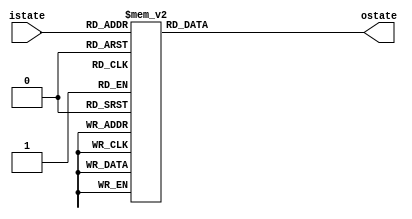
module S_Box(
    input [7:0] istate,
    output reg [7:0] ostate
);

//reg [7:0] ostate;

/*
   0  1  2  3  4  5  6  7  8  9  a  b  c  d  e  f
0 63 7c 77 7b f2 6b 6f c5 30 01 67 2b fe d7 ab 76
1 ca 82 c9 7d fa 59 47 f0 ad d4 a2 af 9c a4 72 c0
2 b7 fd 93 26 36 3f f7 cc 34 a5 e5 f1 71 d8 31 15
3 04 c7 23 c3 18 96 05 9a 07 12 80 e2 eb 27 b2 75
4 09 83 2c 1a 1b 6e 5a a0 52 3b d6 b3 29 e3 2f 84
5 53 d1 00 ed 20 fc b1 5b 6a cb be 39 4a 4c 58 cf
6 d0 ef aa fb 43 4d 33 85 45 f9 02 7f 50 3c 9f a8
7 51 a3 40 8f 92 9d 38 f5 bc b6 da 21 10 ff f3 d2
8 cd 0c 13 ec 5f 97 44 17 c4 a7 7e 3d 64 5d 19 73
9 60 81 4f dc 22 2a 90 88 46 ee b8 14 de 5e 0b db
a e0 32 3a 0a 49 06 24 5c c2 d3 ac 62 91 95 e4 79
b e7 c8 37 6d 8d d5 4e a9 6c 56 f4 ea 65 7a ae 08
c ba 78 25 2e 1c a6 b4 c6 e8 dd 74 1f 4b bd 8b 8a
d 70 3e b5 66 48 03 f6 0e 61 35 57 b9 86 c1 1d 9e
e e1 f8 98 11 69 d9 8e 94 9b 1e 87 e9 ce 55 28 df
f 8c a1 89 0d bf e6 42 68 41 99 2d 0f b0 54 bb 16
*/

always @(*)begin
    case (istate) 
        8'h00: ostate=8'h63;
        8'h01: ostate=8'h7c;
        8'h02: ostate=8'h77;
        8'h03: ostate=8'h7b;
        8'h04: ostate=8'hf2;
        8'h05: ostate=8'h6b;
        8'h06: ostate=8'h6f;
        8'h07: ostate=8'hc5;
        8'h08: ostate=8'h30;
        8'h09: ostate=8'h01;
        8'h0a: ostate=8'h67;
        8'h0b: ostate=8'h2b;
        8'h0c: ostate=8'hfe;
        8'h0d: ostate=8'hd7;
        8'h0e: ostate=8'hab;
        8'h0f: ostate=8'h76;
        8'h10: ostate=8'hca;
        8'h11: ostate=8'h82;
        8'h12: ostate=8'hc9;
        8'h13: ostate=8'h7d;
        8'h14: ostate=8'hfa;
        8'h15: ostate=8'h59;
        8'h16: ostate=8'h47;
        8'h17: ostate=8'hf0;
        8'h18: ostate=8'had;
        8'h19: ostate=8'hd4;
        8'h1a: ostate=8'ha2;
        8'h1b: ostate=8'haf;
        8'h1c: ostate=8'h9c;
        8'h1d: ostate=8'ha4;
        8'h1e: ostate=8'h72;
        8'h1f: ostate=8'hc0;
        8'h20: ostate=8'hb7;
        8'h21: ostate=8'hfd;
        8'h22: ostate=8'h93;
        8'h23: ostate=8'h26;
        8'h24: ostate=8'h36;
        8'h25: ostate=8'h3f;
        8'h26: ostate=8'hf7;
        8'h27: ostate=8'hcc;
        8'h28: ostate=8'h34;
        8'h29: ostate=8'ha5;
        8'h2a: ostate=8'he5;
        8'h2b: ostate=8'hf1;
        8'h2c: ostate=8'h71;
        8'h2d: ostate=8'hd8;
        8'h2e: ostate=8'h31;
        8'h2f: ostate=8'h15;
        8'h30: ostate=8'h04;
        8'h31: ostate=8'hc7;
        8'h32: ostate=8'h23;
        8'h33: ostate=8'hc3;
        8'h34: ostate=8'h18;
        8'h35: ostate=8'h96;
        8'h36: ostate=8'h05;
        8'h37: ostate=8'h9a;
        8'h38: ostate=8'h07;
        8'h39: ostate=8'h12;
        8'h3a: ostate=8'h80;
        8'h3b: ostate=8'he2;
        8'h3c: ostate=8'heb;
        8'h3d: ostate=8'h27;
        8'h3e: ostate=8'hb2;
        8'h3f: ostate=8'h75;
        8'h40: ostate=8'h09;
        8'h41: ostate=8'h83;
        8'h42: ostate=8'h2c;
        8'h43: ostate=8'h1a;
        8'h44: ostate=8'h1b;
        8'h45: ostate=8'h6e;
        8'h46: ostate=8'h5a;
        8'h47: ostate=8'ha0;
        8'h48: ostate=8'h52;
        8'h49: ostate=8'h3b;
        8'h4a: ostate=8'hd6;
        8'h4b: ostate=8'hb3;
        8'h4c: ostate=8'h29;
        8'h4d: ostate=8'he3;
        8'h4e: ostate=8'h2f;
        8'h4f: ostate=8'h84;
        8'h50: ostate=8'h53;
        8'h51: ostate=8'hd1;
        8'h52: ostate=8'h00;
        8'h53: ostate=8'hed;
        8'h54: ostate=8'h20;
        8'h55: ostate=8'hfc;
        8'h56: ostate=8'hb1;
        8'h57: ostate=8'h5b;
        8'h58: ostate=8'h6a;
        8'h59: ostate=8'hcb;
        8'h5a: ostate=8'hbe;
        8'h5b: ostate=8'h39;
        8'h5c: ostate=8'h4a;
        8'h5d: ostate=8'h4c;
        8'h5e: ostate=8'h58;
        8'h5f: ostate=8'hcf;
        8'h60: ostate=8'hd0;
        8'h61: ostate=8'hef;
        8'h62: ostate=8'haa;
        8'h63: ostate=8'hfb;
        8'h64: ostate=8'h43;
        8'h65: ostate=8'h4d;
        8'h66: ostate=8'h33;
        8'h67: ostate=8'h85;
        8'h68: ostate=8'h45;
        8'h69: ostate=8'hf9;
        8'h6a: ostate=8'h02;
        8'h6b: ostate=8'h7f;
        8'h6c: ostate=8'h50;
        8'h6d: ostate=8'h3c;
        8'h6e: ostate=8'h9f;
        8'h6f: ostate=8'ha8;
        8'h70: ostate=8'h51;
        8'h71: ostate=8'ha3;
        8'h72: ostate=8'h40;
        8'h73: ostate=8'h8f;
        8'h74: ostate=8'h92;
        8'h75: ostate=8'h9d;
        8'h76: ostate=8'h38;
        8'h77: ostate=8'hf5;
        8'h78: ostate=8'hbc;
        8'h79: ostate=8'hb6;
        8'h7a: ostate=8'hda;
        8'h7b: ostate=8'h21;
        8'h7c: ostate=8'h10;
        8'h7d: ostate=8'hff;
        8'h7e: ostate=8'hf3;
        8'h7f: ostate=8'hd2;
        8'h80: ostate=8'hcd;
        8'h81: ostate=8'h0c;
        8'h82: ostate=8'h13;
        8'h83: ostate=8'hec;
        8'h84: ostate=8'h5f;
        8'h85: ostate=8'h97;
        8'h86: ostate=8'h44;
        8'h87: ostate=8'h17;
        8'h88: ostate=8'hc4;
        8'h89: ostate=8'ha7;
        8'h8a: ostate=8'h7e;
        8'h8b: ostate=8'h3d;
        8'h8c: ostate=8'h64;
        8'h8d: ostate=8'h5d;
        8'h8e: ostate=8'h19;
        8'h8f: ostate=8'h73;
        8'h90: ostate=8'h60;
        8'h91: ostate=8'h81;
        8'h92: ostate=8'h4f;
        8'h93: ostate=8'hdc;
        8'h94: ostate=8'h22;
        8'h95: ostate=8'h2a;
        8'h96: ostate=8'h90;
        8'h97: ostate=8'h88;
        8'h98: ostate=8'h46;
        8'h99: ostate=8'hee;
        8'h9a: ostate=8'hb8;
        8'h9b: ostate=8'h14;
        8'h9c: ostate=8'hde;
        8'h9d: ostate=8'h5e;
        8'h9e: ostate=8'h0b;
        8'h9f: ostate=8'hdb;
        8'ha0: ostate=8'he0;
        8'ha1: ostate=8'h32;
        8'ha2: ostate=8'h3a;
        8'ha3: ostate=8'h0a;
        8'ha4: ostate=8'h49;
        8'ha5: ostate=8'h06;
        8'ha6: ostate=8'h24;
        8'ha7: ostate=8'h5c;
        8'ha8: ostate=8'hc2;
        8'ha9: ostate=8'hd3;
        8'haa: ostate=8'hac;
        8'hab: ostate=8'h62;
        8'hac: ostate=8'h91;
        8'had: ostate=8'h95;
        8'hae: ostate=8'he4;
        8'haf: ostate=8'h79;
        8'hb0: ostate=8'he7;
        8'hb1: ostate=8'hc8;
        8'hb2: ostate=8'h37;
        8'hb3: ostate=8'h6d;
        8'hb4: ostate=8'h8d;
        8'hb5: ostate=8'hd5;
        8'hb6: ostate=8'h4e;
        8'hb7: ostate=8'ha9;
        8'hb8: ostate=8'h6c;
        8'hb9: ostate=8'h56;
        8'hba: ostate=8'hf4;
        8'hbb: ostate=8'hea;
        8'hbc: ostate=8'h65;
        8'hbd: ostate=8'h7a;
        8'hbe: ostate=8'hae;
        8'hbf: ostate=8'h08;
        8'hc0: ostate=8'hba;
        8'hc1: ostate=8'h78;
        8'hc2: ostate=8'h25;
        8'hc3: ostate=8'h2e;
        8'hc4: ostate=8'h1c;
        8'hc5: ostate=8'ha6;
        8'hc6: ostate=8'hb4;
        8'hc7: ostate=8'hc6;
        8'hc8: ostate=8'he8;
        8'hc9: ostate=8'hdd;
        8'hca: ostate=8'h74;
        8'hcb: ostate=8'h1f;
        8'hcc: ostate=8'h4b;
        8'hcd: ostate=8'hbd;
        8'hce: ostate=8'h8b;
        8'hcf: ostate=8'h8a;
        8'hd0: ostate=8'h70;
        8'hd1: ostate=8'h3e;
        8'hd2: ostate=8'hb5;
        8'hd3: ostate=8'h66;
        8'hd4: ostate=8'h48;
        8'hd5: ostate=8'h03;
        8'hd6: ostate=8'hf6;
        8'hd7: ostate=8'h0e;
        8'hd8: ostate=8'h61;
        8'hd9: ostate=8'h35;
        8'hda: ostate=8'h57;
        8'hdb: ostate=8'hb9;
        8'hdc: ostate=8'h86;
        8'hdd: ostate=8'hc1;
        8'hde: ostate=8'h1d;
        8'hdf: ostate=8'h9e;
        8'he0: ostate=8'he1;
        8'he1: ostate=8'hf8;
        8'he2: ostate=8'h98;
        8'he3: ostate=8'h11;
        8'he4: ostate=8'h69;
        8'he5: ostate=8'hd9;
        8'he6: ostate=8'h8e;
        8'he7: ostate=8'h94;
        8'he8: ostate=8'h9b;
        8'he9: ostate=8'h1e;
        8'hea: ostate=8'h87;
        8'heb: ostate=8'he9;
        8'hec: ostate=8'hce;
        8'hed: ostate=8'h55;
        8'hee: ostate=8'h28;
        8'hef: ostate=8'hdf;
        8'hf0: ostate=8'h8c;
        8'hf1: ostate=8'ha1;
        8'hf2: ostate=8'h89;
        8'hf3: ostate=8'h0d;
        8'hf4: ostate=8'hbf;
        8'hf5: ostate=8'he6;
        8'hf6: ostate=8'h42;
        8'hf7: ostate=8'h68;
        8'hf8: ostate=8'h41;
        8'hf9: ostate=8'h99;
        8'hfa: ostate=8'h2d;
        8'hfb: ostate=8'h0f;
        8'hfc: ostate=8'hb0;
        8'hfd: ostate=8'h54;
        8'hfe: ostate=8'hbb;
        8'hff: ostate=8'h16;
    endcase
end

endmodule